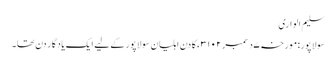
سلیم الواری
سولاپور:مورخہ ۷دسمبر ۳۱۰۲ء کا دن اہلیان سولاپور کے لیے ایک یادگار دن تھا۔